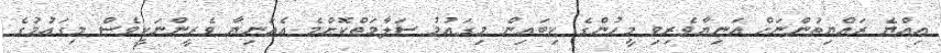
އިއްޔެ ރައްޔިތުންނަށް އަނިޔާވެރިވި މީހުންގެ ކިބައިން މިގައުމު ސަލާމަތްކޮށްމެ އެއަނިޔާ ވެރީންނަކީވެސް މިގައުމުގެ